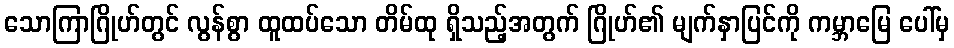
သောကြာဂြိုဟ်တွင် လွန်စွာ ထူထပ်သော တိမ်ထု ရှိသည့်အတွက် ဂြိုဟ်၏ မျက်နှာပြင်ကို ကမ္ဘာမြေ ပေါ်မှ